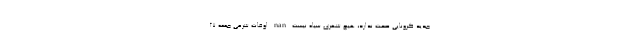
جديد کرونايی صحت ندارد، هيچ شهری سياه نيست nan اوقات شرعی جمعه 27